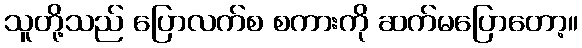
သူတို့သည် ပြောလက်စ စကားကို ဆက်မပြောတော့။